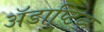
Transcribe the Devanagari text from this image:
अॅडाप्टिव्ह